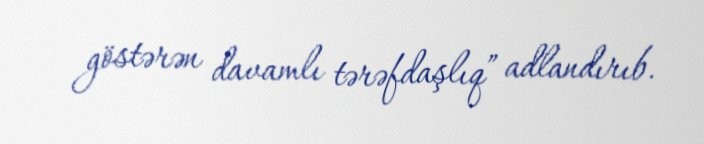
göstərən davamlı tərəfdaşlıq” adlandırıb.